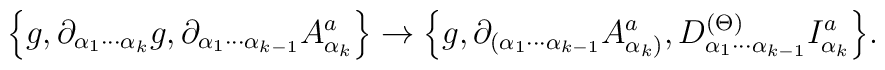
\Big\{g,\partial_{\alpha_1 \cdots\alpha_k}g, \partial_{\alpha_1 \cdots \alpha_{k-1}} A_{\alpha_k}^a\Big\} \rightarrow \Big\{ g, \partial_{(\alpha_1 \cdots \alpha_{k-1}}A_{\alpha_k)}^a, D^{(\Theta)}_{\alpha_1 \cdots\alpha_{k-1}}I^a_{\alpha_k} \Big\}.